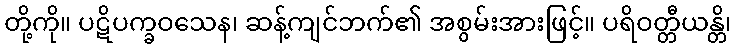
တို့ကို။ ပဋိပက္ခဝသေန၊ ဆန့်ကျင်ဘက်၏ အစွမ်းအားဖြင့်။ ပရိဝတ္တီယန္တိ၊